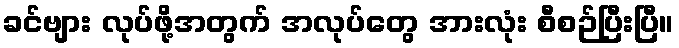
ခင်ဗျား လုပ်ဖို့အတွက် အလုပ်တွေ အားလုံး စီစဉ်ပြီးပြီ။